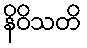
နိဝိသတိ